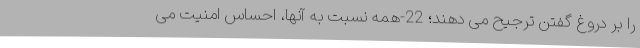
را بر دروغ گفتن ترجیح می­ دهند؛ 22-همه نسبت به آنها، احساس امنیت می­